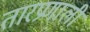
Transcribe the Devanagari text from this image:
तारप्रणाली